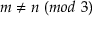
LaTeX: m \neq n \ ( m o d \ 3 )